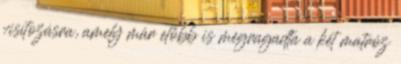
visítozásra, amely már előbb is megragadta a két matróz